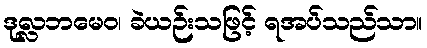
ဒုလ္လဘမေဝ၊ ခဲယဉ်းသဖြင့် ရအပ်သည်သာ။